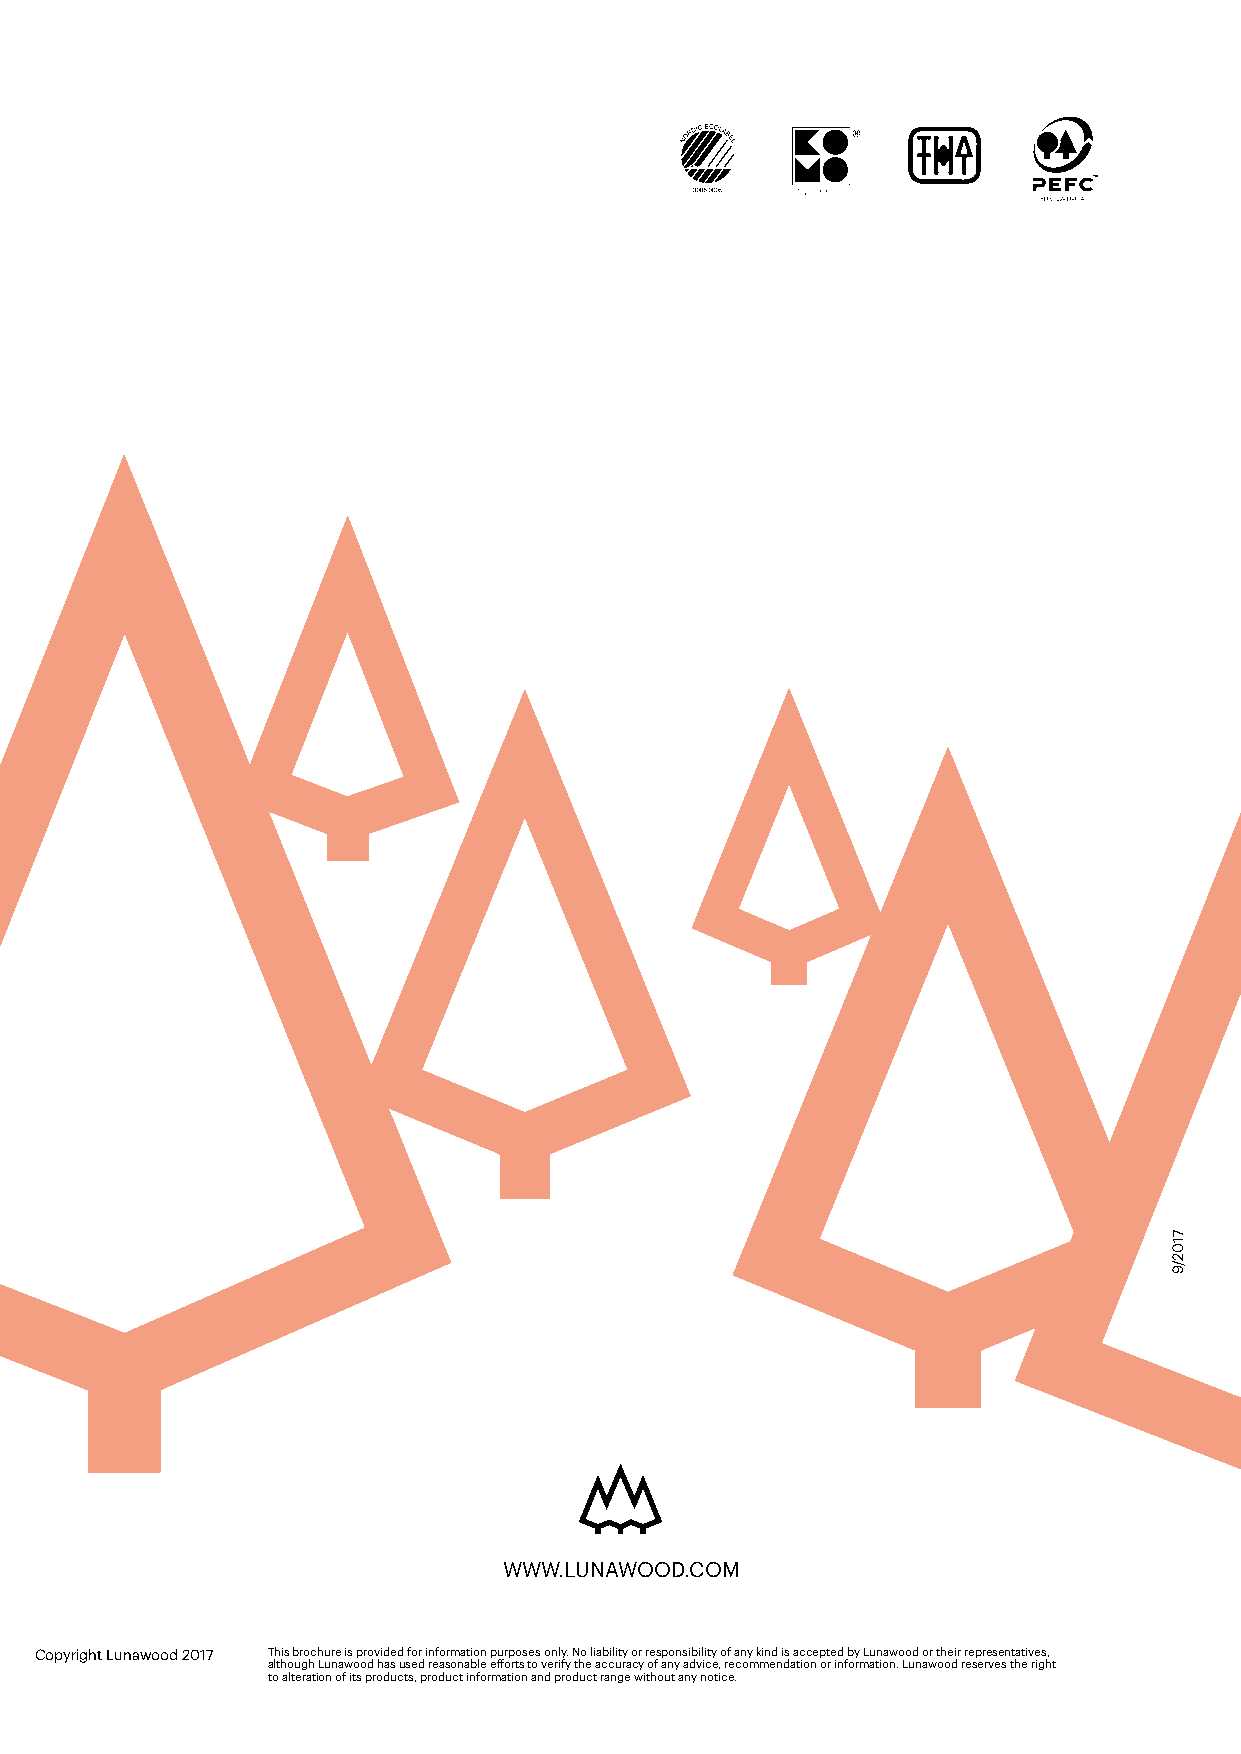
WWW.LUNAWOOD.COM
 Copyright Lunawood 2017 This brochure is provided for information purposes only. No liability or responsibility of any kind is accepted by Lunawood or their representatives,
 although Lunawood has used reasonable efforts to verify the accuracy of any advice, recommendation or information. Lunawood reserves the right
 to alteration of its products, product information and product range without any notice.
 7102/9